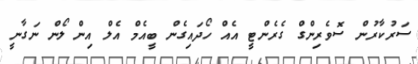
ސަރުކާރުން ސޮވެރިންގް ގެރެންޓީ އެއް ހޯދައިގެން ބީއެމް އެލް އިން ލޯން ނަގާނީ